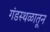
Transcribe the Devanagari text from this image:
गंडस्थळातून